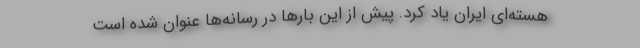
هسته‌ای ایران یاد کرد. پیش از این بارها در رسانه‌ها عنوان شده است